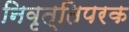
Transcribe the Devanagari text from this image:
निवृत्तिपरक